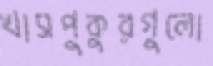
খাসপুকুরগুলো